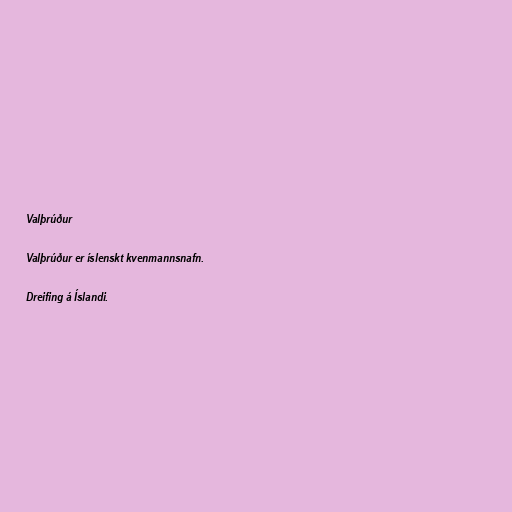
Valþrúður

Valþrúður er íslenskt kvenmannsnafn.

Dreifing á Íslandi.